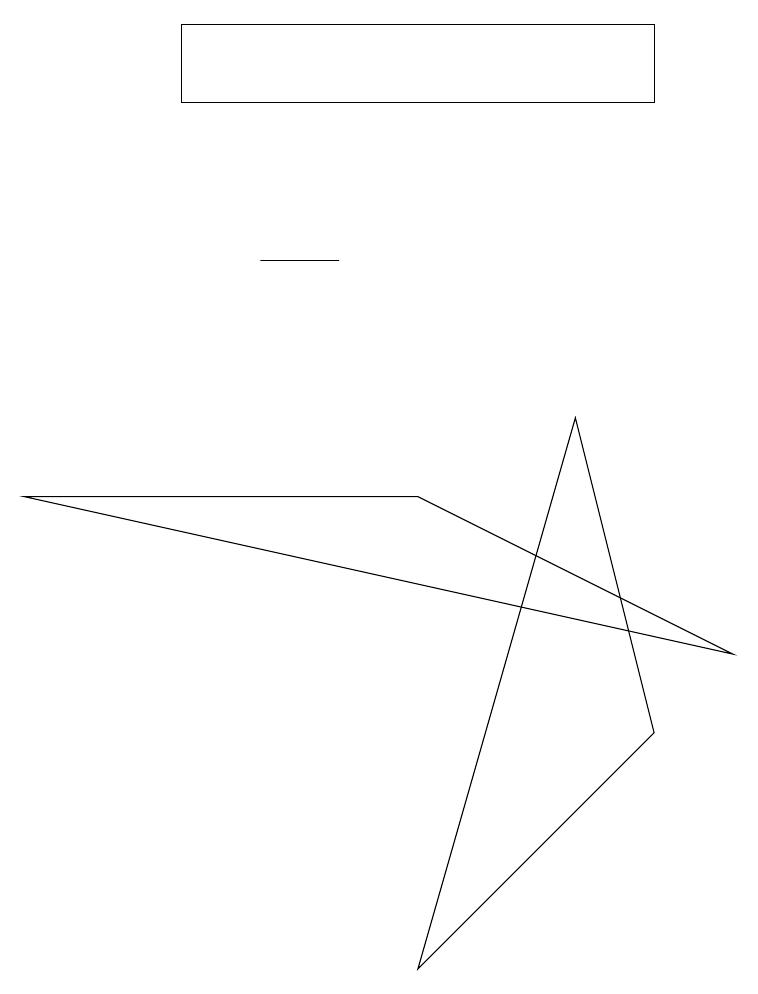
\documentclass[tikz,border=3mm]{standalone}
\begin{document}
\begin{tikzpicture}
\draw (9,5) -- (5,7) -- (0,7) -- cycle;
\draw (8,4) -- (5,1) -- (7,8) -- cycle;
\draw (4,10) rectangle (3,10);
\draw (8,12) rectangle (2,13);
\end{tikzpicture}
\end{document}